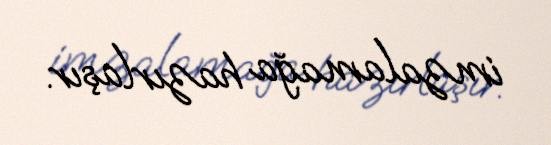
imzalamağa hazırlaşır.